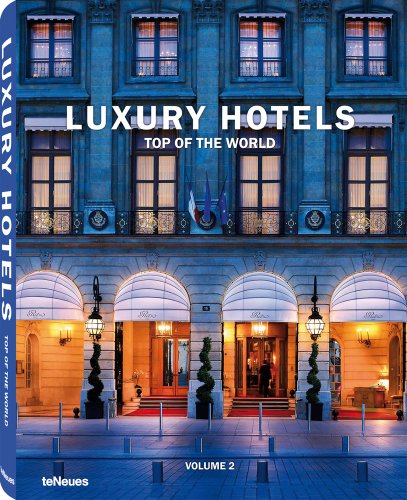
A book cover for Luxury Hotels: Top of the World Vol. II (English, German, French, Italian and Spanish Edition); Travel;